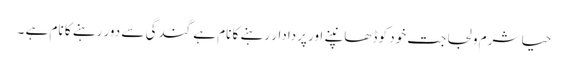
حیا شرم و لجاجت خود کو ڈھانپنے اور پردادار رہنے کا نام ہے گندگی سے دور رہنے کا نام ہے ۔